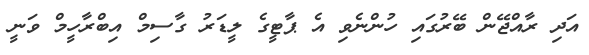
އަދި ރާއްޖޭން ބޭރުގައި ހުންނެވި އެ ޕާޓީގެ ލީޑަރު ގާސިމް އިބްރާހީމް ވަނީ